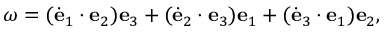
{ \boldsymbol { \omega } } = ( { \dot { \mathbf { e } } } _ { 1 } \cdot \mathbf { e } _ { 2 } ) \mathbf { e } _ { 3 } + ( { \dot { \mathbf { e } } } _ { 2 } \cdot \mathbf { e } _ { 3 } ) \mathbf { e } _ { 1 } + ( { \dot { \mathbf { e } } } _ { 3 } \cdot \mathbf { e } _ { 1 } ) \mathbf { e } _ { 2 } ,